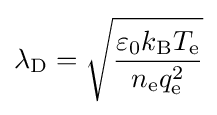
\lambda _{\text{D}}={\sqrt {\frac {\varepsilon _{0}k_{\text{B}}T_{\text{e}}}{n_{\text{e}}q_{\text{e}}^{2}}}}